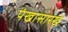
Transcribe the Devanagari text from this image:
पंखासारखे